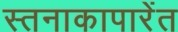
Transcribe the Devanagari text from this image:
स्तनाकापारेंत